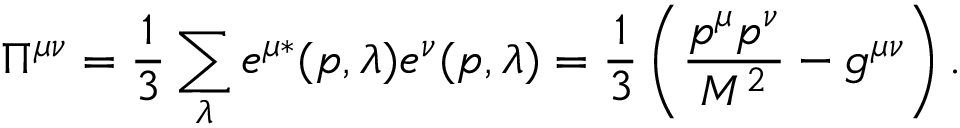
\Pi ^ { \mu \nu } = \frac { 1 } { 3 } \sum _ { \lambda } e ^ { \mu * } ( p , \lambda ) e ^ { \nu } ( p , \lambda ) = \frac { 1 } { 3 } \left( \frac { p ^ { \mu } p ^ { \nu } } { M ^ { 2 } } - g ^ { \mu \nu } \right) .